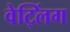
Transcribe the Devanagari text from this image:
वेट्लिंग